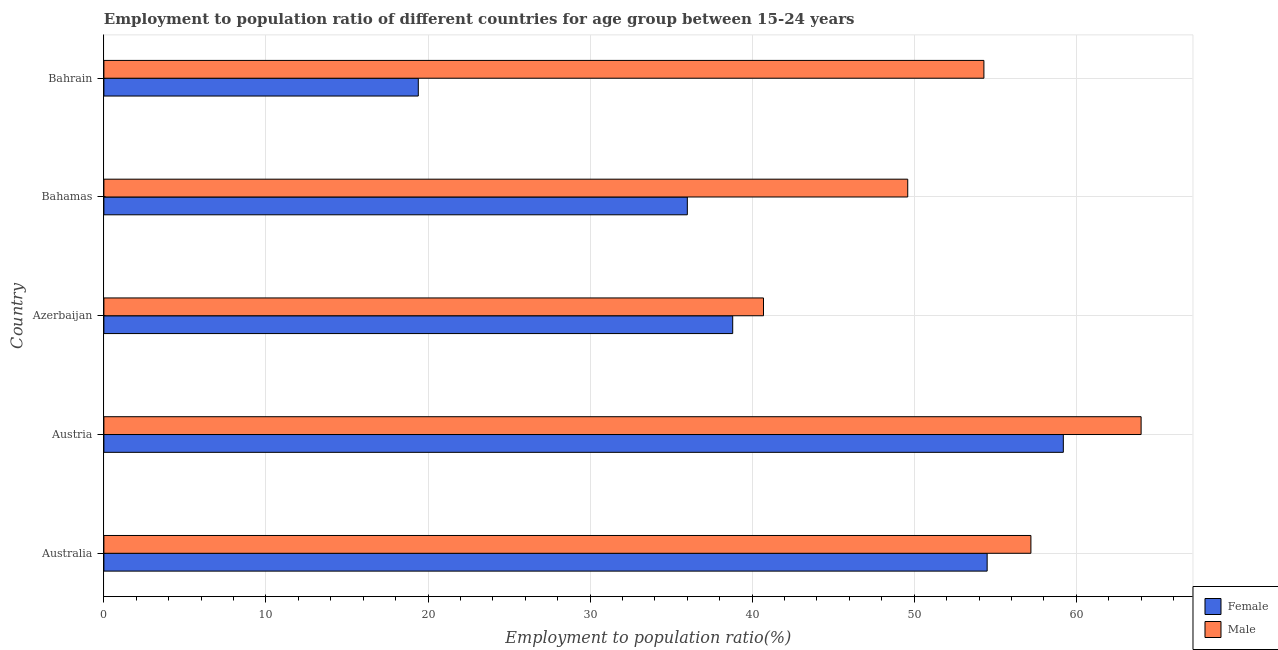
| Country | Female | Male |
 | --- | --- | --- |
 | Australia | 54.5 | 57.2 |
 | Austria | 59.2 | 64 |
 | Azerbaijan | 38.8 | 40.7 |
 | Bahamas | 36 | 49.6 |
 | Bahrain | 19.4 | 54.3 |